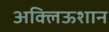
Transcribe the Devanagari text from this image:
अक्लिऊशान